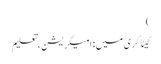
)
کیٹاگری میں : امیگریشن، تعلیم